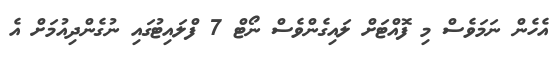
އެހެން ނަމަވެސް މި ފޮއްޓަށް ލައިގެންވެސް ނޯޓް 7 ފްލައިޓުގައި ނުގެންދިއުމަށް އެ